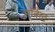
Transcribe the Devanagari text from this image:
मर्किट